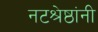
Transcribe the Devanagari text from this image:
नटश्रेष्ठांनी